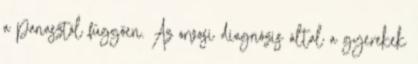
a panasztól függően. Az orvosi diagnózis által a gyerekek